Scottish Leaving Certificate Examination, 1960
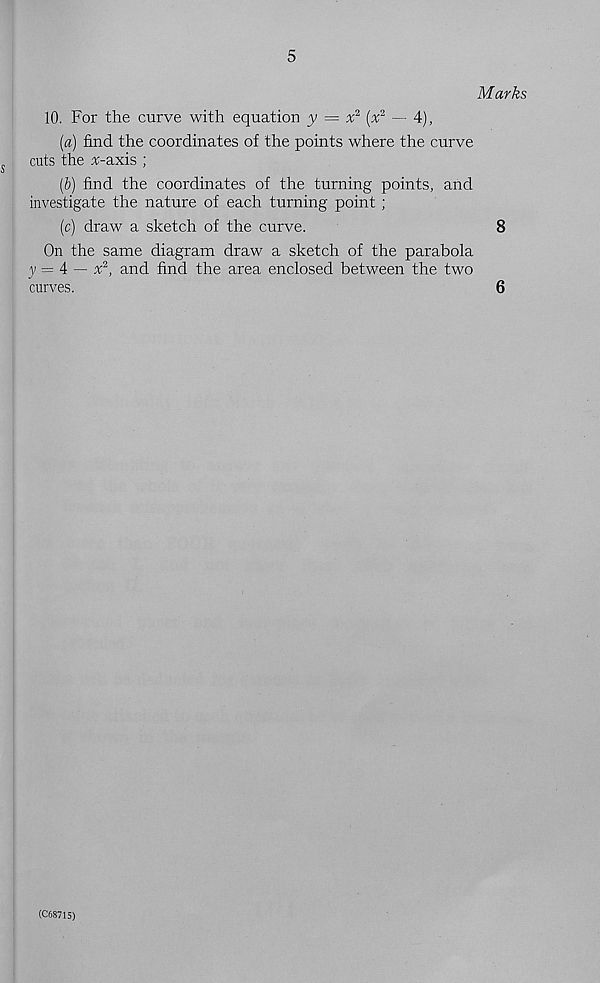
5
Marks
10. For the curve with equation y = x 2 (x 2 — 4),
(«) find the coordinates of the points where the curve
cuts the ^-axis ;
(b) find the coordinates of the turning points, and
investigate the nature of each turning point ;
(c) draw a sketch of the curve.
8
On the same diagram draw a sketch of the parabola
y — A — x 2 , and find the area enclosed between the two
curves.
6
(C68715)